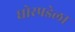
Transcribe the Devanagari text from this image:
घोरपडेला